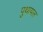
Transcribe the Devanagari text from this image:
पुथायल